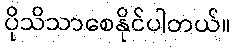
ပိုသိသာစေနိုင်ပါတယ်။